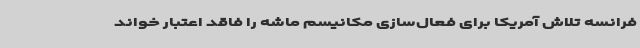
فرانسه تلاش آمریکا برای فعال‌سازی مکانیسم ماشه را فاقد اعتبار خواند